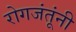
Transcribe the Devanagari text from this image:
रोगजंतूंनी